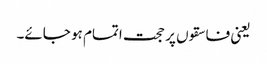
یعنی فاسقوں پر حجت اتمام ہو جائے۔